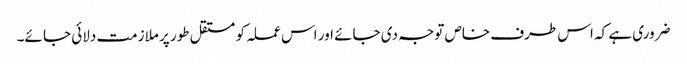
ضروری ہے کہ اس طرف خاص توجہ دی جائے اور اس عملہ کو مستقل طور پر ملازمت دلائی جا ئے۔